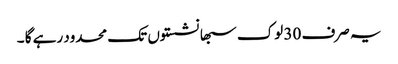
یہ صرف 30 لوک سبھا نشستوں تک محدود رہے گا ۔